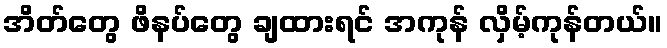
အိတ်တွေ ဖိနပ်တွေ ချထားရင် အကုန် လှိမ့်ကုန်တယ်။